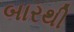
બારથી